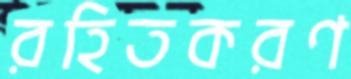
রহিতকরণ